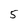
Character: 5